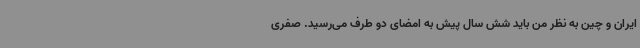
ایران و چین به نظر من باید شش سال پیش به امضای دو طرف می‌رسید. صفری